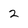
Character: 2